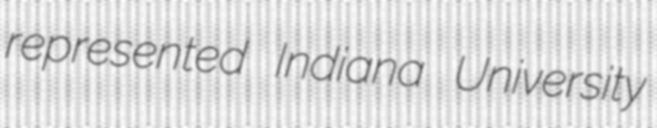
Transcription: represented Indiana University